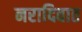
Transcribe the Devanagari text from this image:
नरादिवात